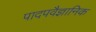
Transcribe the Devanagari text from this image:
पादपवैज्ञानिक